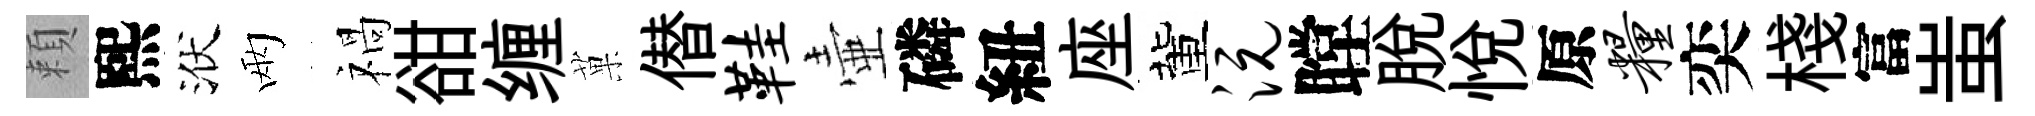
頼熙洑兩禍𧮳缠菓僣鞋壷磷紐座董沅瞠脱悅原粮奕棧富蚩